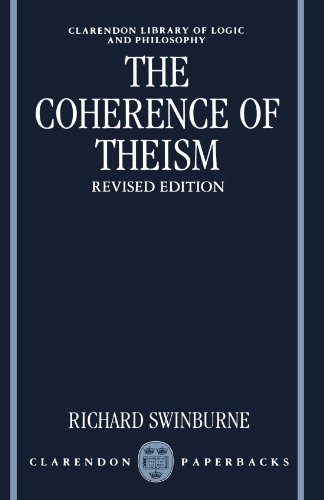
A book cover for The Coherence of Theism (Clarendon Library of Logic and Philosophy); Richard Swinburne; Religion & Spirituality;